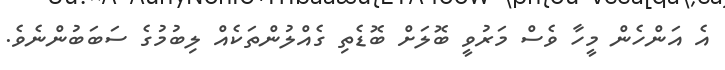
އެ އަންހެން މީހާ ވެސް މަރުވީ ބޮލަށް ބޮޑެތި ގެއްލުންތަކެއް ލިބުމުގެ ސަބަބުންނެވެ.